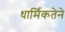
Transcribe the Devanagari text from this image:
धार्मिकतेने